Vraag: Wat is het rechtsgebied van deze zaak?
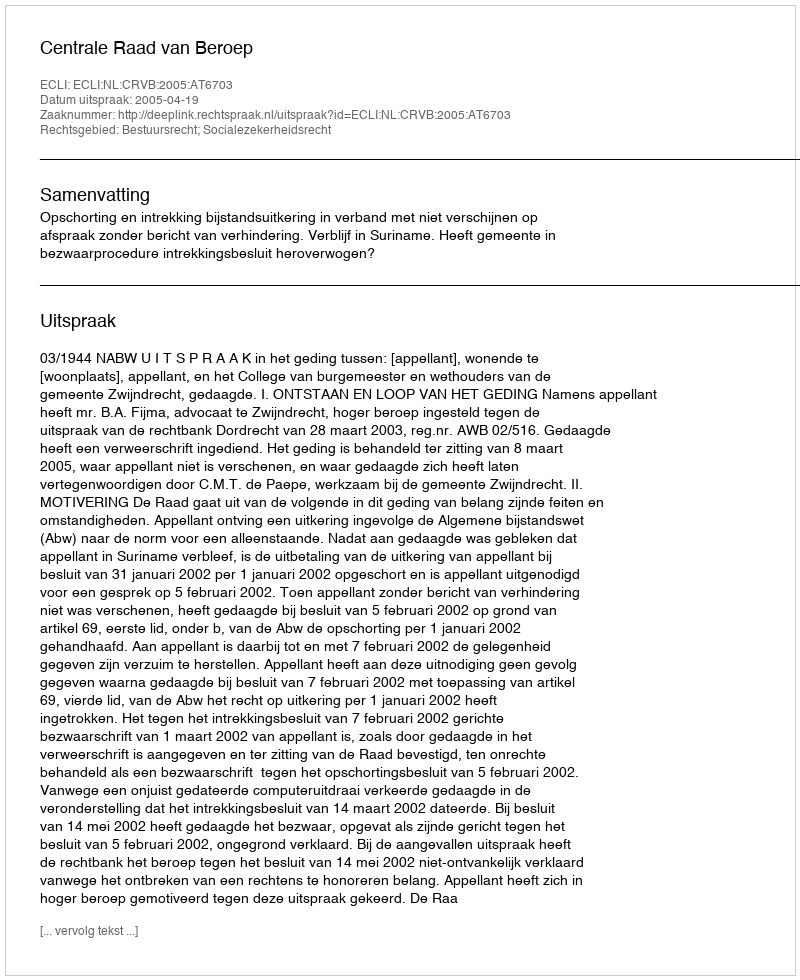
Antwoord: Bestuursrecht; Socialezekerheidsrecht